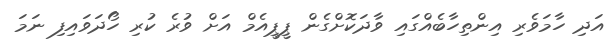
އަދި ހާމަވެރި އިންތިހާބެއްގައި ވާދަކޮށްގެން ޕީޕީއެމް އަށް ވުރެ ކުރި ހޯދަވައިފި ނަމަ